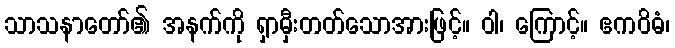
သာသနာတော်၏ အနက်ကို ရှာမှီးတတ်သောအားဖြင့်။ ဝါ၊ ကြောင့်။ ဧကဝိဓံ၊